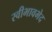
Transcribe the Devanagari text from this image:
स्वीभावभेद